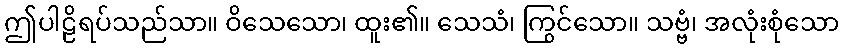
ဤပါဠိရပ်သည်သာ။ ဝိသေသော၊ ထူး၏။ သေသံ၊ ကြွင်သော။ သဗ္ဗံ၊ အလုံးစုံသော